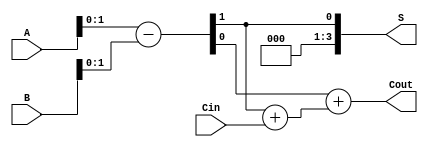
module Carry_Lookahead_Subtractor(
    input [3:0] A, B,
    input Cin,
    output [3:0] S,
    output Cout
);

wire P, G, C0, C1, C2, G0, G1;

assign {P, G} = A - B;
assign C0 = Cin;
assign {C1, G0} = P + C0;
assign {C2, G1} = G + G0;
assign {S, Cout} = {P, G1};

endmodule